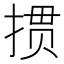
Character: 掼